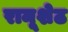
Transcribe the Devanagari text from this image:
रामूशेठ